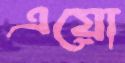
এয়ো